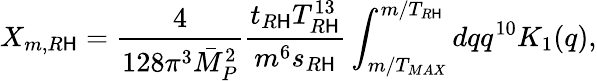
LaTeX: X_{m,R\mathsf{H}}=\frac{{4}}{{128\pi^{3}\bar{{M}}_{P}^{2}}}\frac{{t_{R\mathsf{H}}T_{R\mathsf{H}}^{13}}}{{m^{6}s_{R\mathsf{H}}}}\int_{m/T_{MAX}}^{m/T_{R\mathsf{H}}}dqq^{10}K_{1}(q),